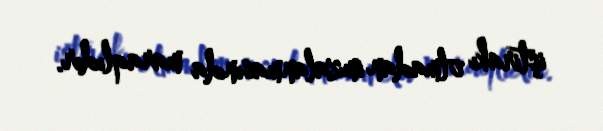
iştirakı olmadan imzalanmasında maraqlıdır.